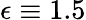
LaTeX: \epsilon\equiv 1.5